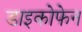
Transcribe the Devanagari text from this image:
डाइकोफेन